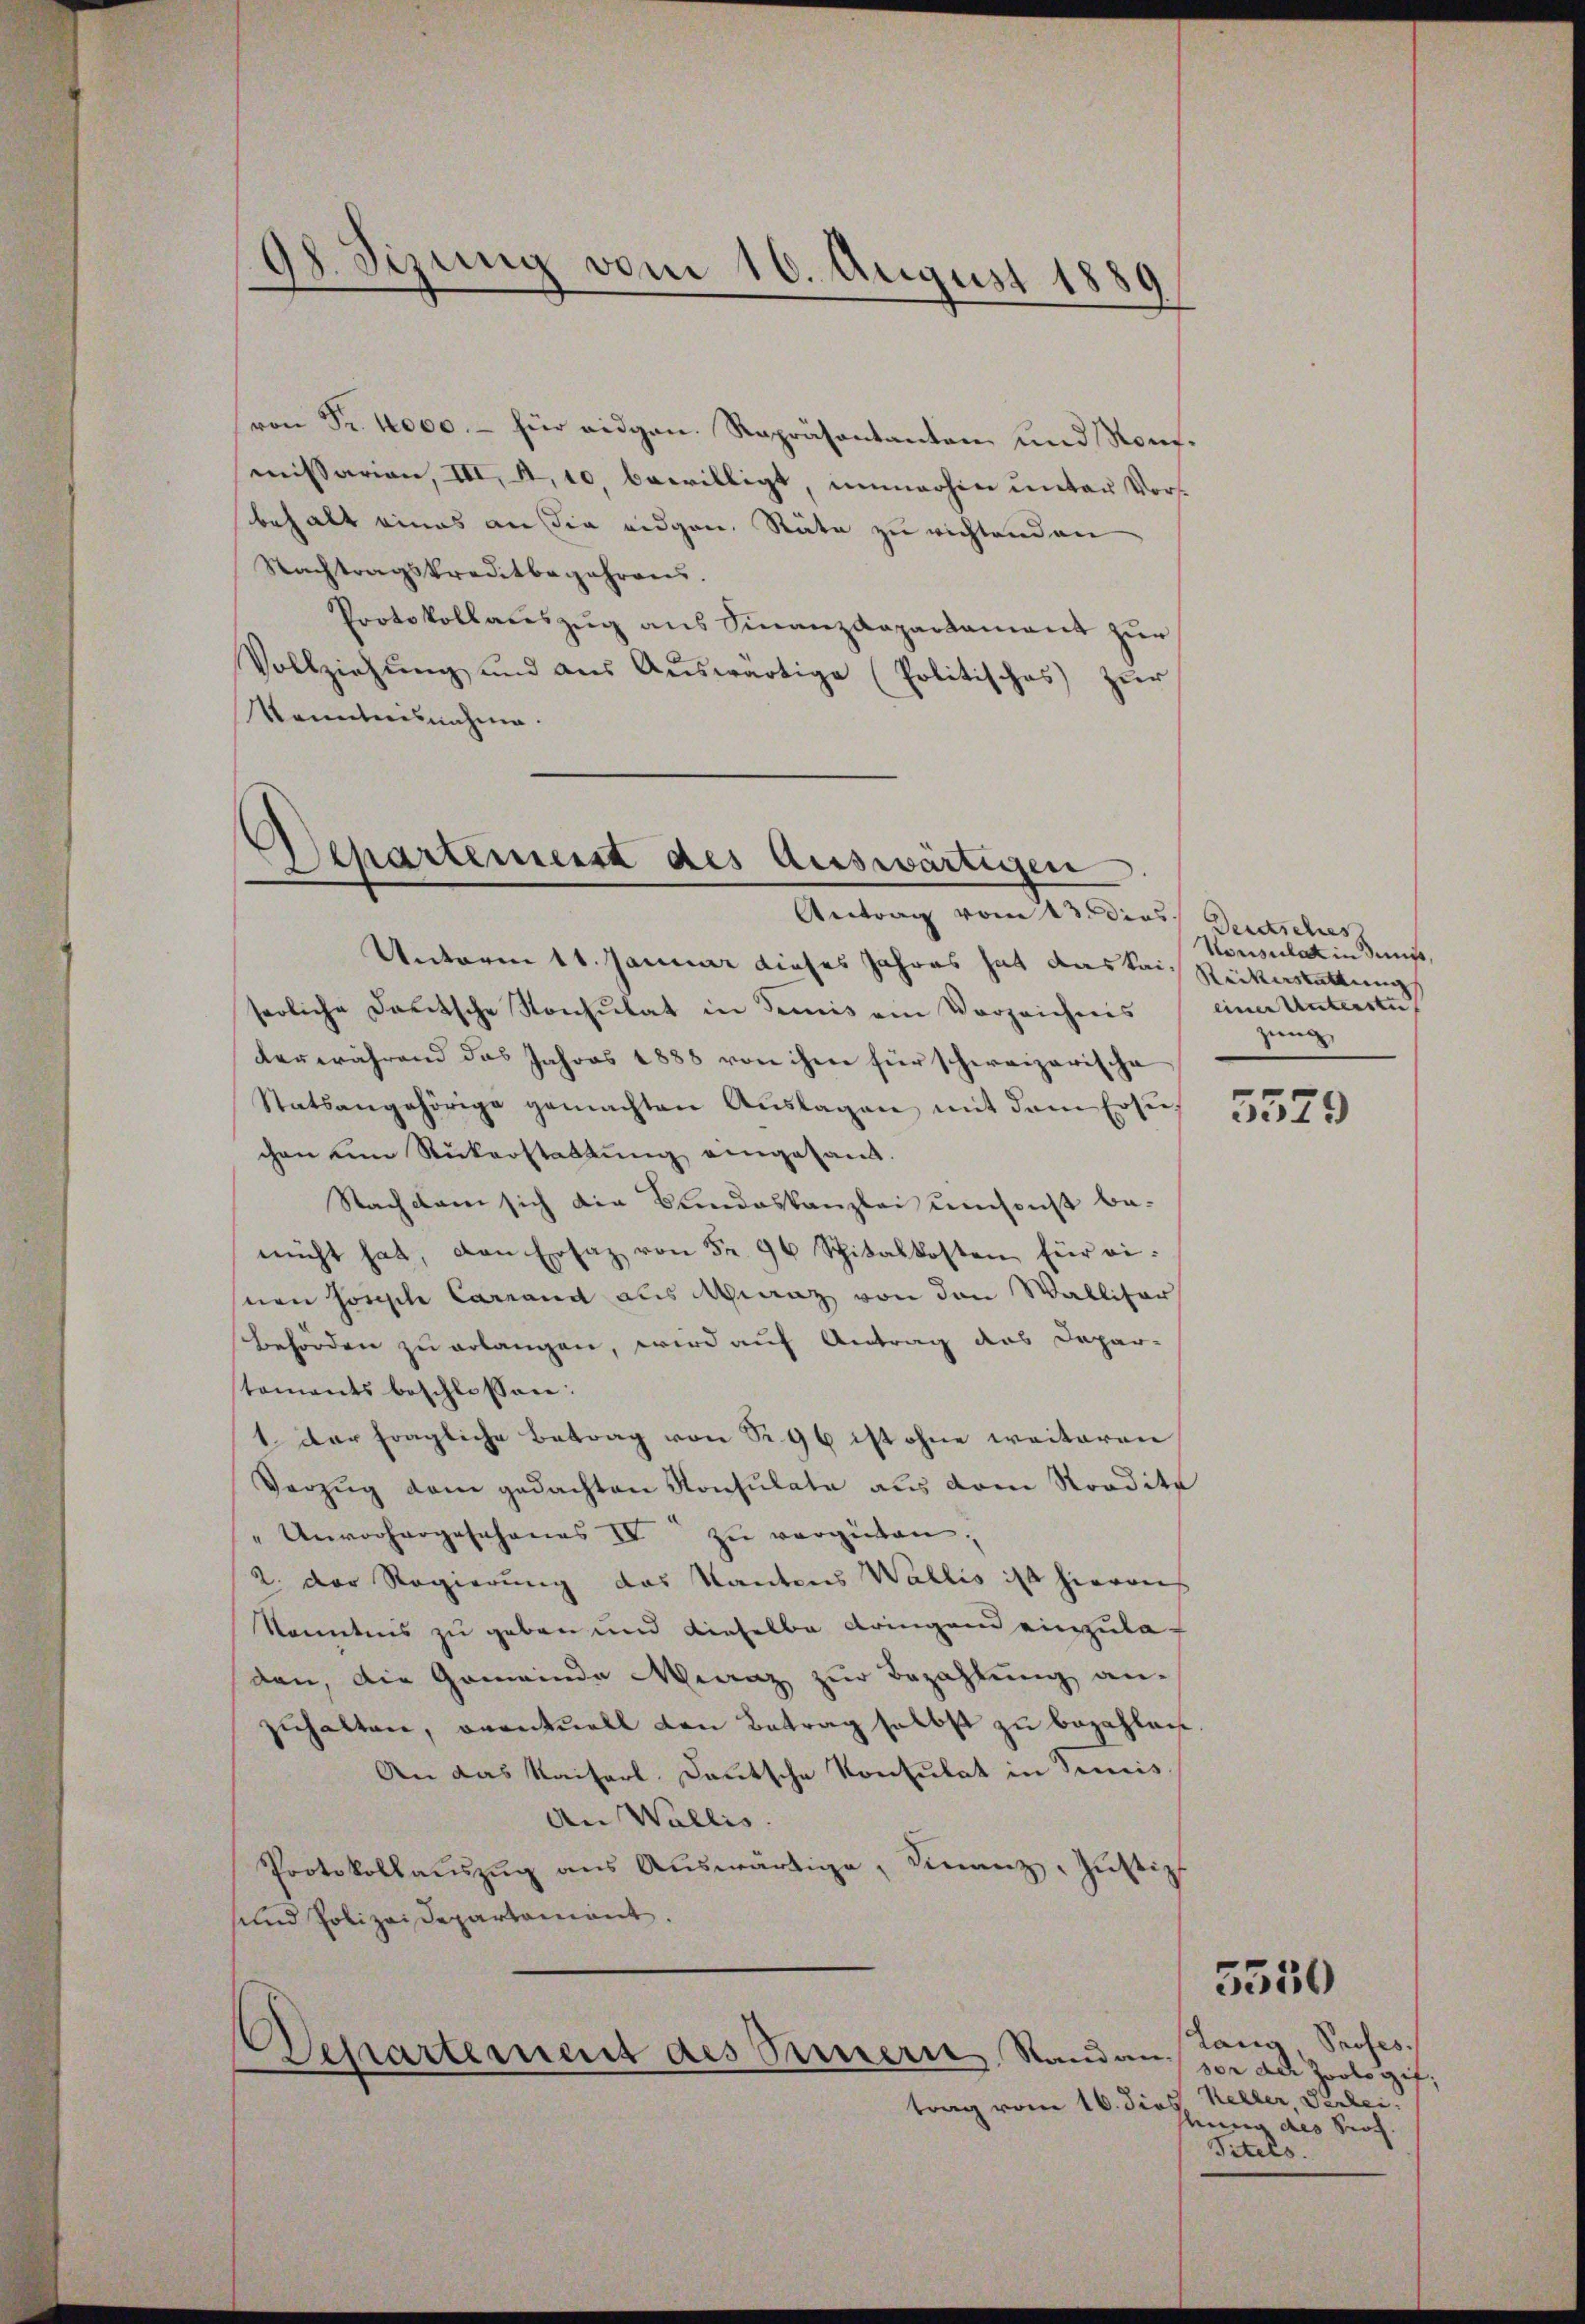
von Fr. 1000.- für eidgen. Repräsentanten und Rontmissarian, III. A. 10 bewilligt, immerhin unter Vorbehalt eines an die eidgen. Räte zu richtenden
Nachtragskreditbegehrens.
Protokollauszug aus Finanzdepartament zur
Vollziehung und aus Auswärtige (Politisches zur
Kenntnisnahme.

98. Sizung vom 16. August 1889

Departemeist des Auswärtigen.
Antrag vom 23. dies Deutsches

Unterm 11. Januar dieses Jahres hat das kain Rickerstattung
serliche daritsche Konsulat in demis ein Vorzeichnis (einer Unterstüt
derwährend das Jahres 1888 von ihm hier schweizerische
Statsangehörige gemachten Aŭslagen mit dem Erse-
chen um Rükerstattung eingesand.
Nachkam sich die Bundeskanzlei umsonst be-
mucht hat, den Ersaz von Fr. 96 Spitalkosten für einen Joseph Carrand aus Manz von den Wallitar
behörden zu erlangen, wird auf Antrag des Depar-
staments beschlossen:
1. Der fragliche Betrag von S. 96 ist ohne weiteren
Vorzug dem gedachten Konsulate aus dem Stordite
" Unvorhergesehenes IV zu vergüten,
2. der Regierung das Kantons Wallis ist hierauf
Kenntnis zu geben und dieselbe dringend einzuladen, die Gemeinde Manz zur Bezahlung an-
schalten, eventuell den Betrag selbst zu bezahleih
An das Kaiserl. Lautsche Konsulat in dimis
An Wallis.
Protokollauszug aus Auswärtige, Finanz, Justiz
sund Polizeisepartamant.
Departement des Sinnern, Stand an
trag vom 16. dies

Konsulat in dens,
zen

5579

Lans Profes
sor der Zoologif;
Keller, Verlei.
bung des Prof.
Titels.

5550